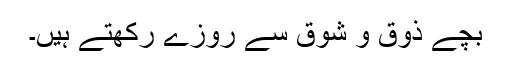
بچے ذوق و شوق سے روزے رکھتے ہیں۔